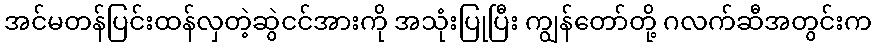
အင်မတန်ပြင်းထန်လှတဲ့ဆွဲငင်အားကို အသုံးပြုပြီး ကျွန်တော်တို့ ဂလက်ဆီအတွင်းက